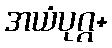
အယံပုဂ္ဂ+